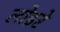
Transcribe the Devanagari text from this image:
लोइरे